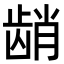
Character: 𬺆